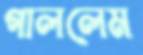
গাললেম